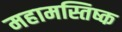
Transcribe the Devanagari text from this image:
महामस्तिष्क